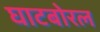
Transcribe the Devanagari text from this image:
घाटबोरल